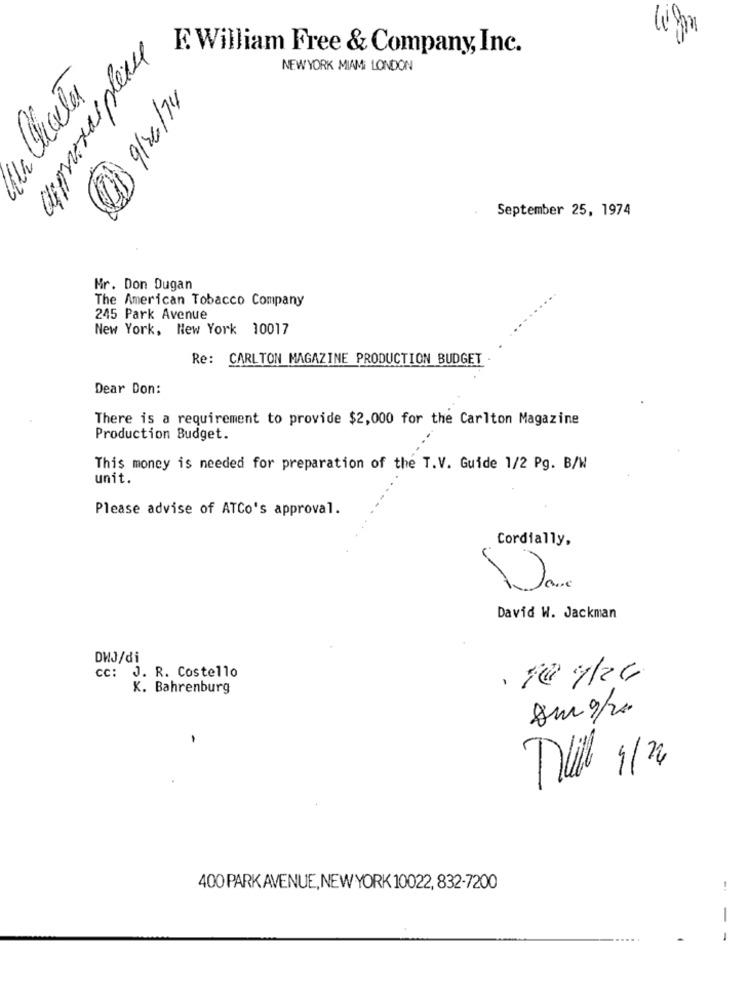
E.William Free & Company, Inc.
NEW YORK MIAMI LONDON
Alla Chcete
9/26/14
moe mento
September 25, 1974
Mr. Don Dugan
The American Tobacco Company
245 Park Avenue
New York, New York 10017
Re: CARLTON MAGAZINE PRODUCTION BUDGET .
Dear Don:
There is a requirement to provide $2,000 for the Carlton Magazine
Production Budget.
This money is needed for preparation of the T.V. Guide 1/2 Pg. B/W
unit.
Please advise of ATCo's approval.
Cordially,
David W. Jackman
DWJ/di
cc: J. R. Costello
-
K. Bahrenburg
su 9/20
-
400 PARK AVENUE, NEW YORK 10022, 832-7200
!
-